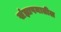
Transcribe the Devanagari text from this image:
संज्ञापनातील